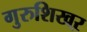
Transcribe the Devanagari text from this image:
गुरुशिखऱ